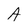
Character: A